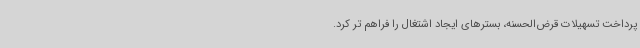
پرداخت تسهیلات قرض‌الحسنه، بسترهای ایجاد اشتغال را فراهم تر کرد.